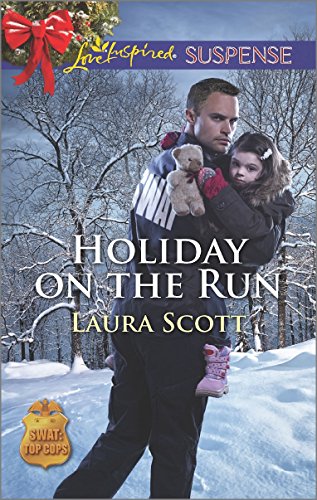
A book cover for Holiday on the Run (SWAT: Top Cops); Laura Scott; Romance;